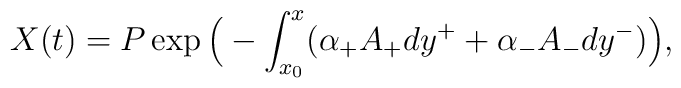
X(t) = P \exp \Big(- \int_{x_{0}}^x (\alpha_+ A_+ dy^++\alpha_- A_- dy^-) \Big),